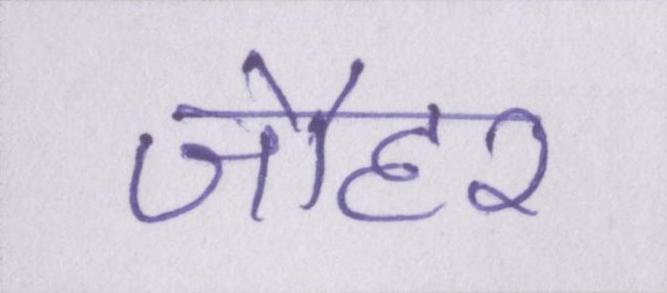
जौहर